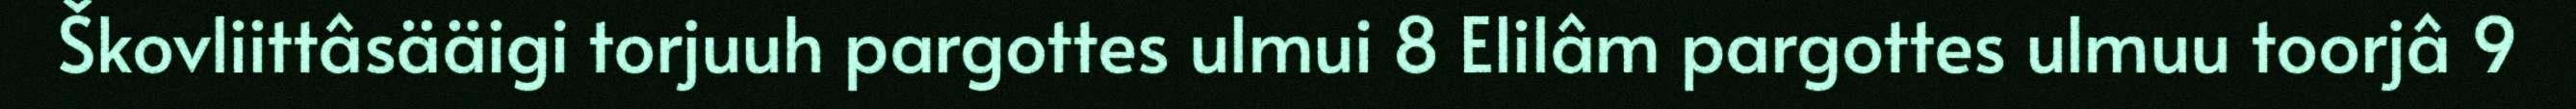
Škovliittâsääigi torjuuh pargottes ulmui 8 Elilâm pargottes ulmuu toorjâ 9